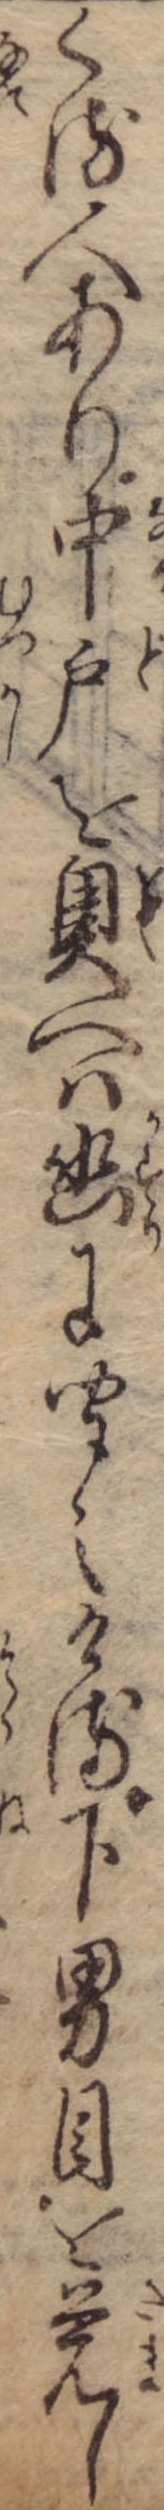
くる人あり中戸を奥へは幽に聞えける下男目を覚し